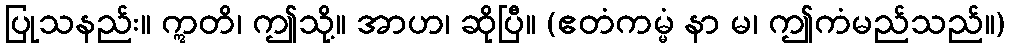
ပြုသနည်း။ ဣတိ၊ ဤသို့။ အာဟ၊ ဆိုပြီ။ (ဧတံကမ္မံ နာ မ၊ ဤကံမည်သည်။)